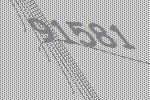
91581